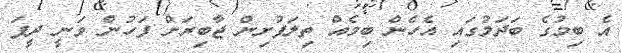
އެ ބިމުގެ ބަދަލުގައި އެހެން ބިމެއް ތިލަފުށިން ޖާބިރަށް ފަހުން ވަނީ ދީފަ